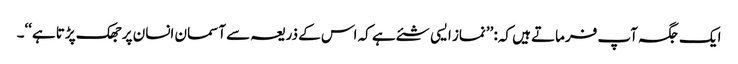
ایک جگہ آپ فرماتے ہیں کہ: ’’نماز ایسی شئے ہے کہ اس کے ذریعہ سے آسمان انسان پر جھک پڑتا ہے‘‘۔